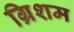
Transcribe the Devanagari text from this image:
ग्रिशम